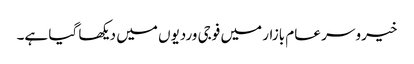
خیرو سر عام بازار میں فوجی وردیوں میں دیکھا گیا ہے۔